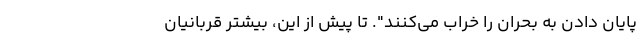
پایان دادن به بحران را خراب می‌کنند". تا پیش از این، بیشتر قربانیان